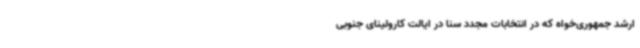
ارشد جمهوری‌خواه که در انتخابات مجدد سنا در ایالت کارولینای جنوبی